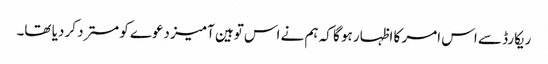
ریکارڈ سے اس امر کا اظہار ہو گا کہ ہم نے اس توہین آمیز دعوے کو مسترد کر دیا تھا۔